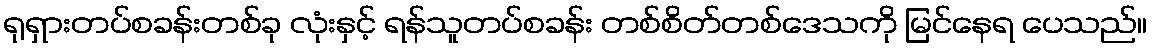
ရုရှားတပ်စခန်းတစ်ခု လုံးနှင့် ရန်သူတပ်စခန်း တစ်စိတ်တစ်ဒေသကို မြင်နေရ ပေသည်။